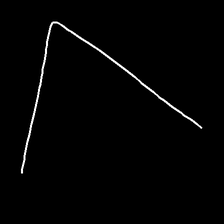
Glyph: region